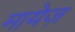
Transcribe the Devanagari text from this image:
मायेज़